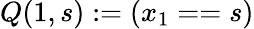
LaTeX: Q(1,s):=(x_{1}==s)